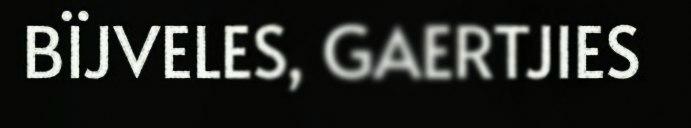
BÏJVELES, GAERTJIES